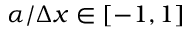
\alpha / \Delta x \in [ - 1 , 1 ]